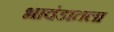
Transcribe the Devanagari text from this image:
भावंडातला